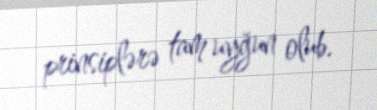
prinsiplərə tam uyğun olub.